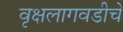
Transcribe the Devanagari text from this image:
वृक्षलागवडीचे